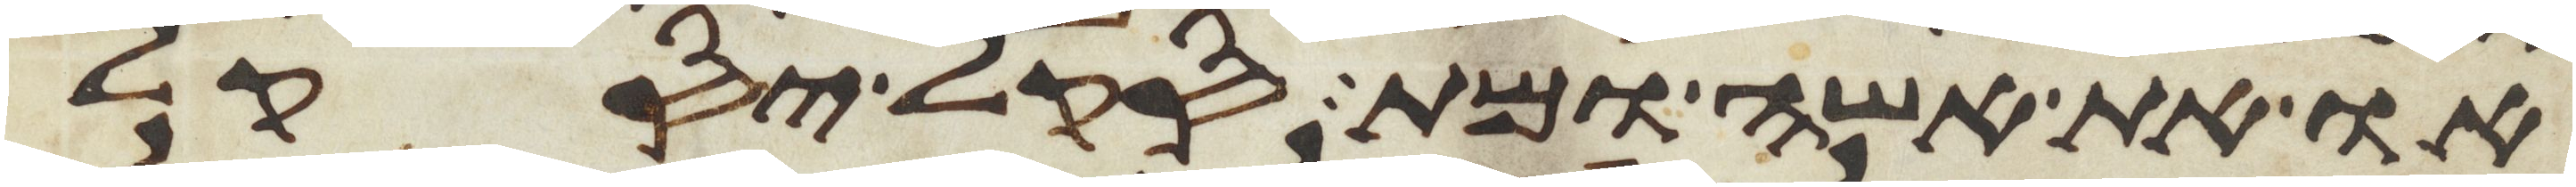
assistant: או את אשה ומת סקל יסקל